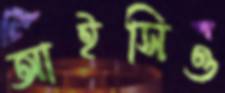
আইসিও